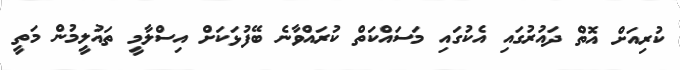
ކުރިއަށް އޮތް ދައުރުގައި އެކުގައި މަސައްކަތް ކުރައްވާނެ ބޭފުޅަކަށް އިސްލާމީ ތައުލީމުން މަތީ